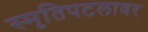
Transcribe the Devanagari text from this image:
स्मृतिपटलावर